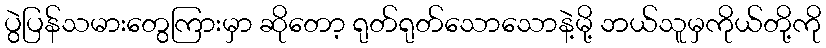
ပွဲပြန်သမားတွေကြားမှာ ဆိုတော့ ရုတ်ရုတ်သောသောနဲ့မို့ ဘယ်သူမှကိုယ်တို့ကို